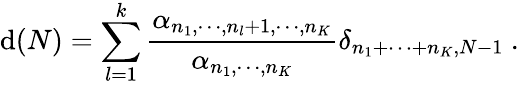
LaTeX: \mathrm{d}(N)=\sum_{l=1}^{k}\frac{{\alpha_{n_{1},\cdots,n_{l}+1,\cdots,n_{K}}}}{{\alpha_{n_{1},\cdots,n_{K}}}}\delta_{n_{1}+\cdots+n_{K},N-1}\ .